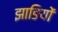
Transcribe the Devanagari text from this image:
झाङियों